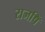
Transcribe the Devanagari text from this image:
राजषिँ